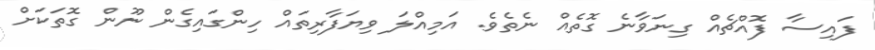
ފައިސާ ފޮއްޗެއް ގިނަވާނެ ގޮތެއް ނެތެވެ. އަމިއްލަ ވިޔަފާރިތައް ހިންގައިގެން ނޫން ގޮތަކަށް